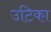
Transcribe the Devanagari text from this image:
उटिका